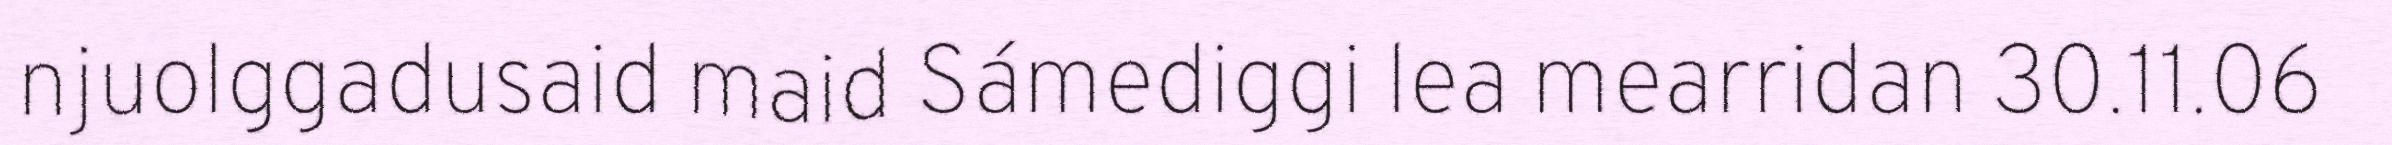
njuolggadusaid maid Sámediggi lea mearridan 30.11.06